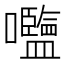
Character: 𡅞